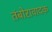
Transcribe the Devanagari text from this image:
तंबोरावादक